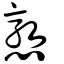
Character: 憝